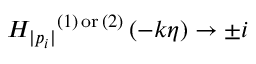
{ H _ { | p _ { i } | } } ^ { ( 1 ) \, { \mathrm { o r } } \, ( 2 ) } \left( - k \eta \right) \to \pm i